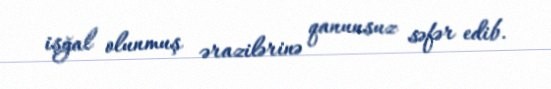
işğal olunmuş ərazilərinə qanunsuz səfər edib.